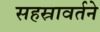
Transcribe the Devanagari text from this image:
सहस्रावर्तने